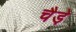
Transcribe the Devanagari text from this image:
चैडे़